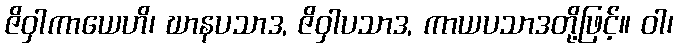
ဇိဝှါကာယေဟိ၊ ဃာနပသာဒ, ဇိဝှါပသာဒ, ကာယပသာဒတို့ဖြင့်။ ဝါ၊